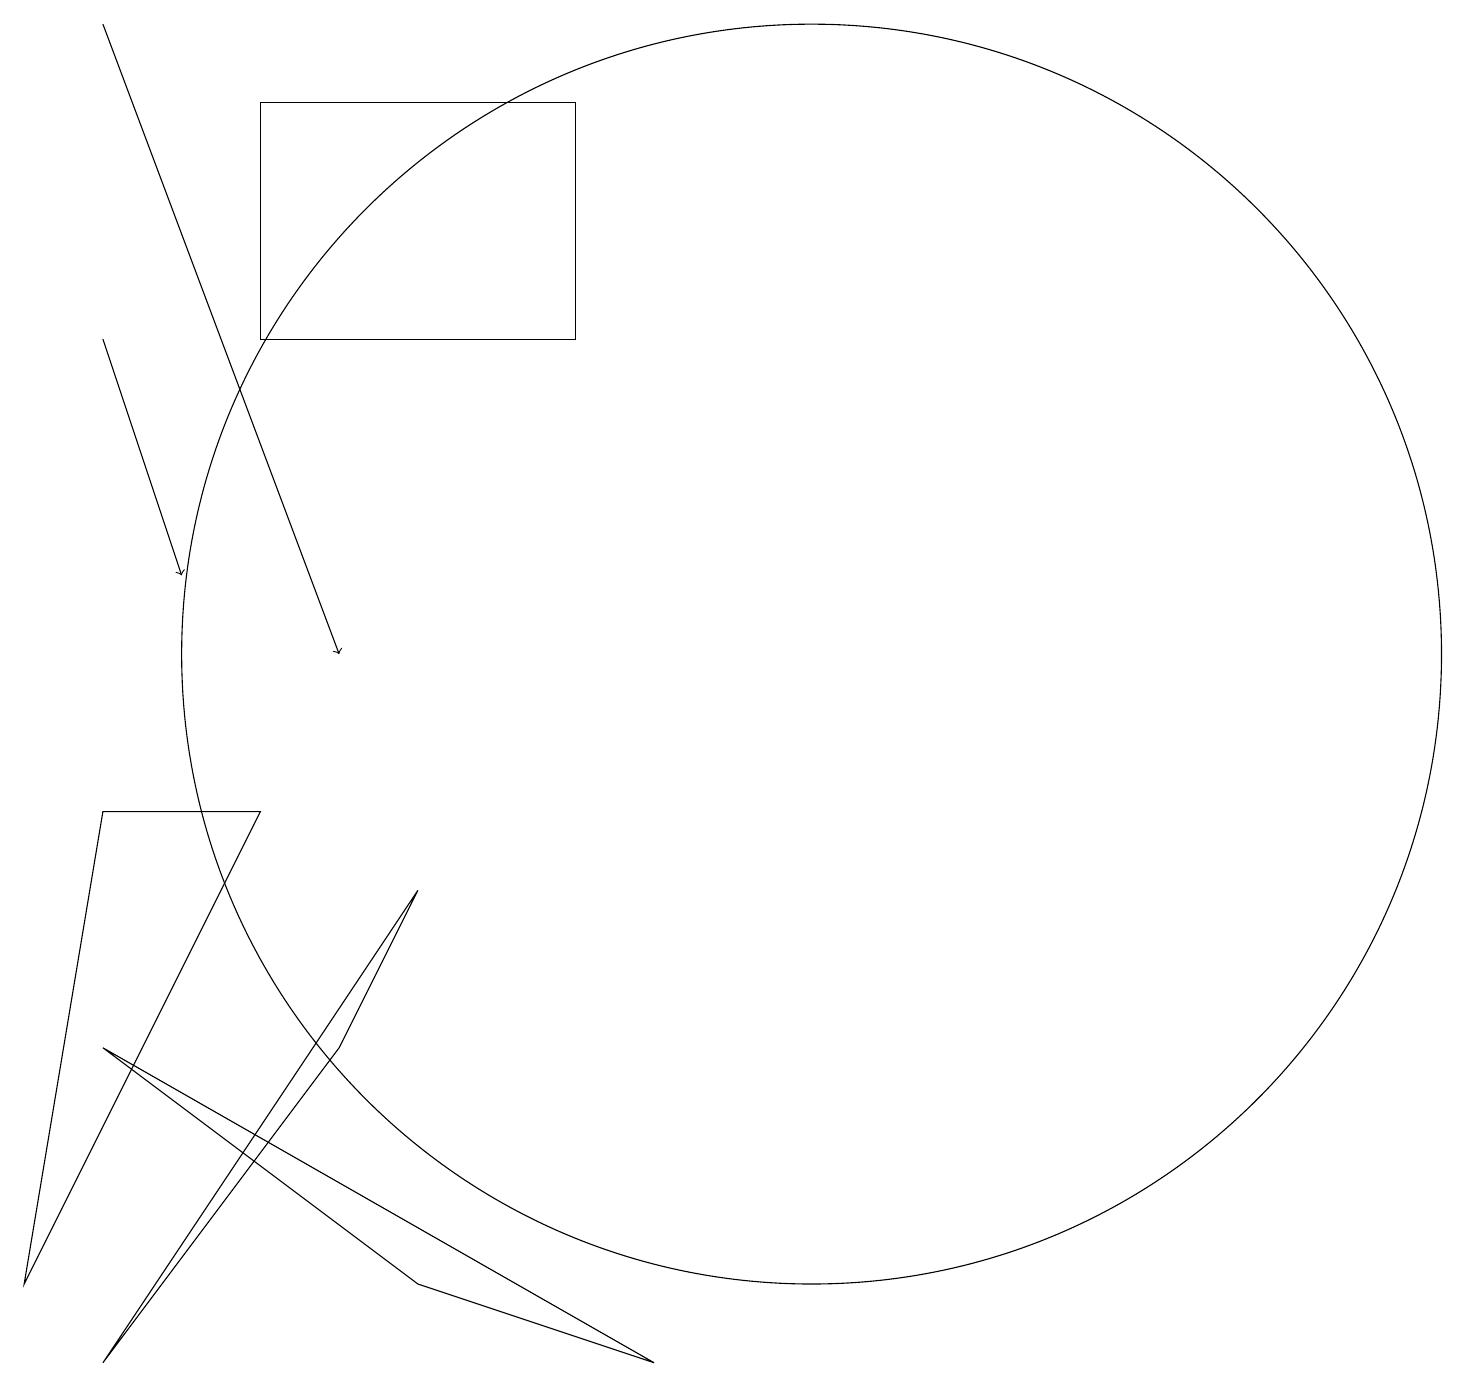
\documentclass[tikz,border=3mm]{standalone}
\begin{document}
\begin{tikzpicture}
\draw (9,2) -- (6,3) -- (2,6) -- cycle;
\draw (4,9) -- (2,9) -- (1,3) -- cycle;
\draw (8,18) rectangle (4,15);
\draw[->] (2,19) -- (5,11);
\draw (10,11) circle (0);
\draw[->] (2,15) -- (3,12);
\draw (6,8) -- (2,2) -- (5,6) -- cycle;
\draw (11,11) circle (8);
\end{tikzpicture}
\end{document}